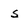
Character: S